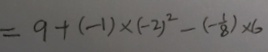
= 9 + ( - 1 ) \times ( - 2 ) ^ { 2 } - ( - \frac { 1 } { 8 } ) \times 6